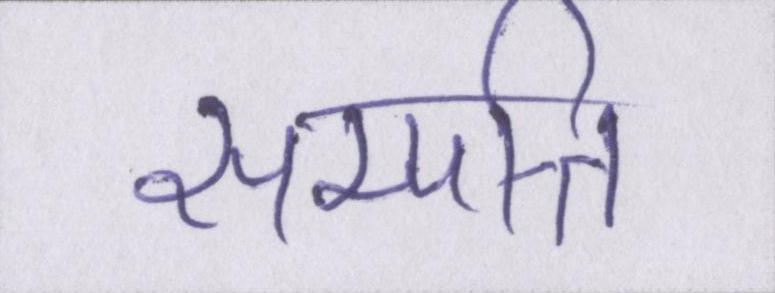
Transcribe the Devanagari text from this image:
सम्पत्ति